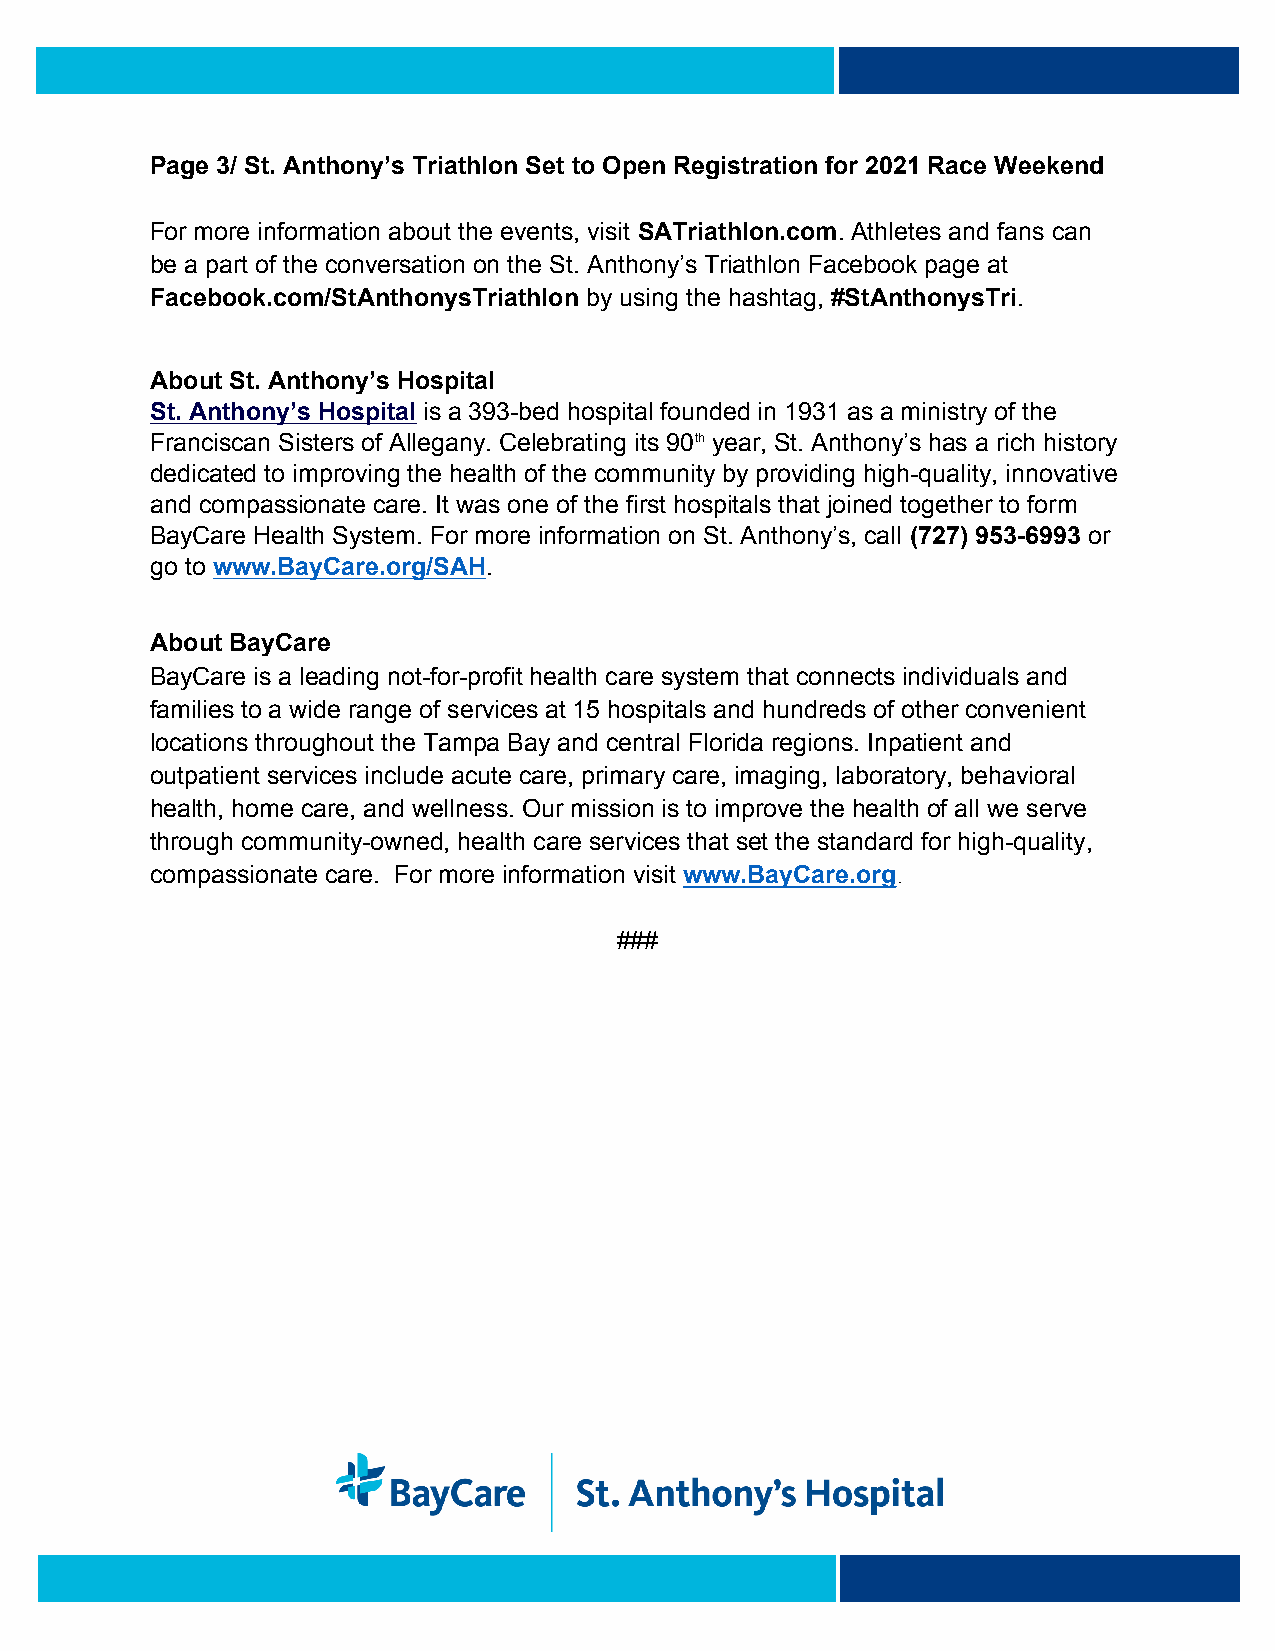
Page 3/ St. Anthony’s Triathlon Set to Open Registration for 2021 Race Weekend
 For more information about the events, visit SATriathlon.com. Athletes and fans can
 be a part of the conversation on the St. Anthony’s Triathlon Facebook page at
 Facebook.com/StAnthonysTriathlon by using the hashtag, #StAnthonysTri.
 About St. Anthony’s Hospital
 St. Anthony’s Hospital is a 393-bed hospital founded in 1931 as a ministry of the
 Franciscan Sisters of Allegany. Celebrating its 90th year, St. Anthony’s has a rich history
 dedicated to improving the health of the community by providing high-quality, innovative
 and compassionate care. It was one of the first hospitals that joined together to form
 BayCare Health System. For more information on St. Anthony’s, call (727) 953-6993 or
 go to www.BayCare.org/SAH.
 About BayCare
 BayCare is a leading not-for-profit health care system that connects individuals and
 families to a wide range of services at 15 hospitals and hundreds of other convenient
 locations throughout the Tampa Bay and central Florida regions. Inpatient and
 outpatient services include acute care, primary care, imaging, laboratory, behavioral
 health, home care, and wellness. Our mission is to improve the health of all we serve
 through community-owned, health care services that set the standard for high-quality,
 compassionate care. For more information visit www.BayCare.org.
 ###